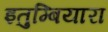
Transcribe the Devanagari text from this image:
इतुम्बियारा